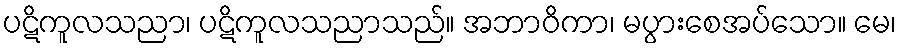
ပဋိကူလသညာ၊ ပဋိကူလသညာသည်။ အဘာဝိကာ၊ မပွားစေအပ်သော။ မေ၊